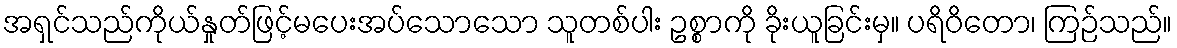
အရှင်သည်ကိုယ်နှုတ်ဖြင့်မပေးအပ်သောသော သူတစ်ပါး ဥစ္စာကို ခိုးယူခြင်းမှ။ ပရိဝိတော၊ ကြဉ်သည်။